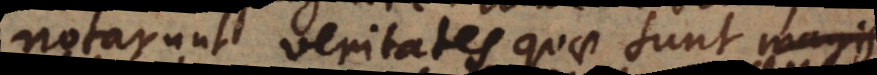
notarunt veritates quae sunt magis